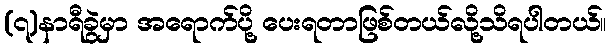
(၇)နာရီခွဲမှာ အရောက်ပို့ ပေးရတာဖြစ်တယ်လို့သိရပါတယ်။